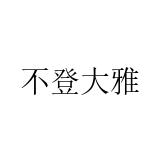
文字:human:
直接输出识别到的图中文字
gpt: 不登大雅